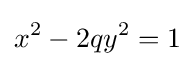
x^{2}-2qy^{2}=1